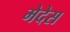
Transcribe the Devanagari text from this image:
मेदेस